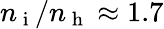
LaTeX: n_{\mathrm{~i~}}/n_{\mathrm{~h~}}\approx 1.7